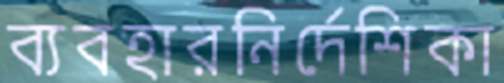
ব্যবহারনির্দেশিকা